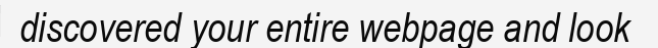
discovered your entire webpage and look